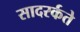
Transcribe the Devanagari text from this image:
सादरर्कते